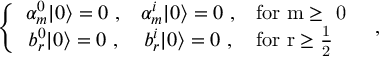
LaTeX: \left\{ \begin{array} { c c l } { { \alpha _ { m } ^ { 0 } | 0 \rangle = 0 ~ , } } & { { \alpha _ { m } ^ { i } | 0 \rangle = 0 ~ , } } & { { \mathrm { f o r ~ m \geq ~ 0 ~ } } } \\ { { b _ { r } ^ { 0 } | 0 \rangle = 0 ~ , } } & { { b _ { r } ^ { i } | 0 \rangle = 0 ~ , } } & { { \mathrm { f o r ~ r \geq \frac { 1 } { 2 } ~ } } } \end{array} \right. ~ ,